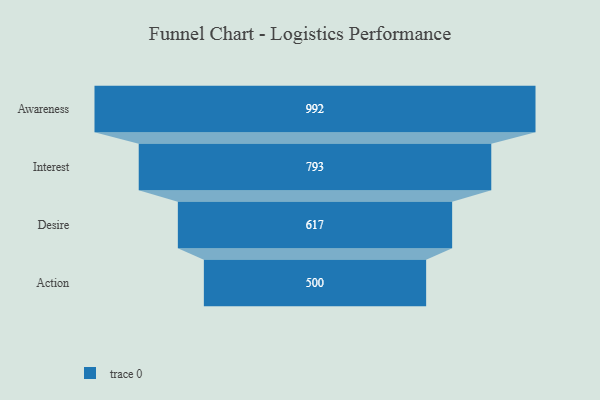
{"axis": {"x": "Stage", "y": "Value"}, "legend": [""], "data": [{"x": "Awareness", "y": 992.0, "type": ""}, {"x": "Interest", "y": 793.0, "type": ""}, {"x": "Desire", "y": 617.0, "type": ""}, {"x": "Action", "y": 500, "type": ""}]}